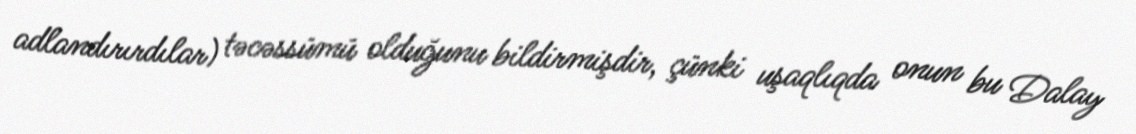
adlandırırdılar) təcəssümü olduğunu bildirmişdir, çünki uşaqlıqda onun bu Dalay